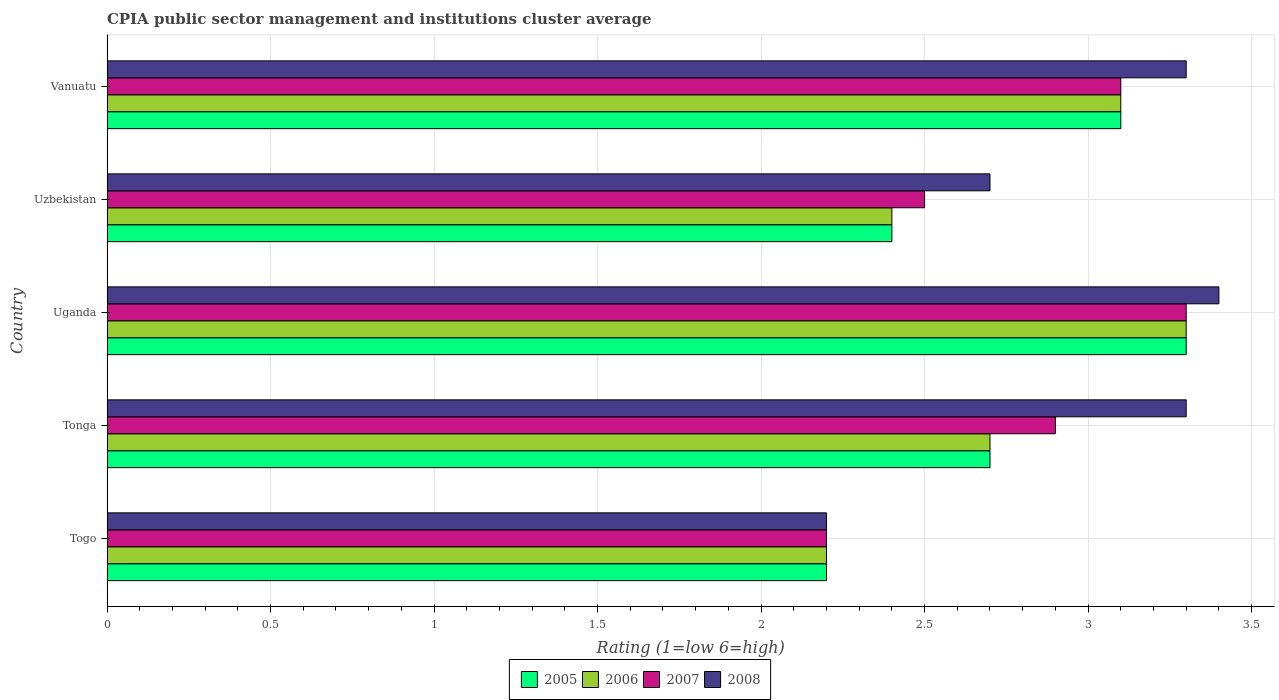
| Country | 2005 | 2006 | 2007 | 2008 |
 | --- | --- | --- | --- | --- |
 | Togo | 2.2 | 2.2 | 2.2 | 2.2 |
 | Tonga | 2.7 | 2.7 | 2.9 | 3.3 |
 | Uganda | 3.3 | 3.3 | 3.3 | 3.4 |
 | Uzbekistan | 2.4 | 2.4 | 2.5 | 2.7 |
 | Vanuatu | 3.1 | 3.1 | 3.1 | 3.3 |